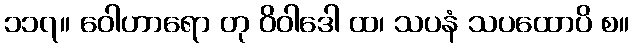
၁၁၇။ ဝေါဟာရော တု ဝိဝါဒေါ ထ၊ သပနံ သပထောပိ စ။